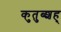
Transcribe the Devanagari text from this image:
कुतुब्शह्